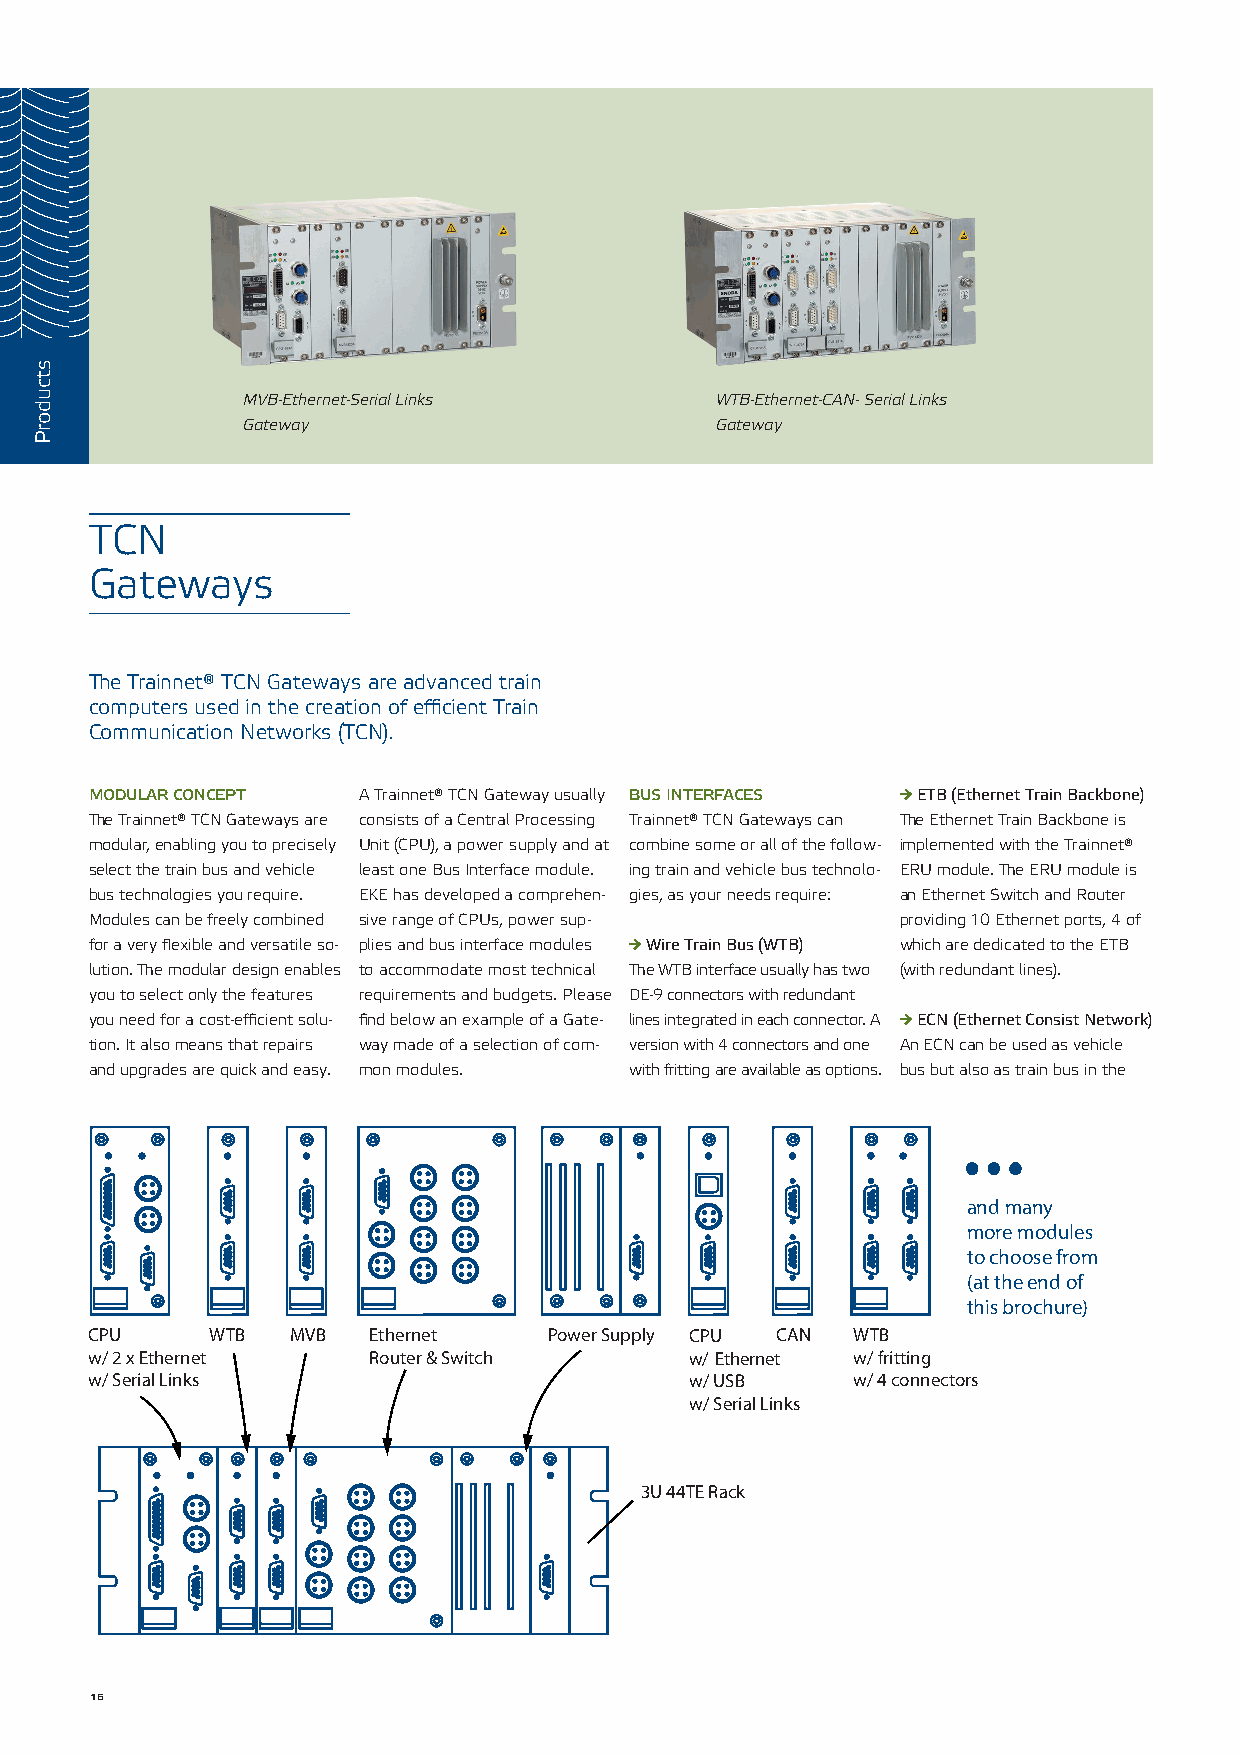
MVB-Ethernet-Serial Links      WTB-Ethernet-CAN- Serial Links
 Gateway                        Gateway
 TCN
 Gateways
 The Trainnet® TCN Gateways are advanced train
 computers used in the creation of efficient Train
 Communication Networks (TCN).
 modular concept   A Trainnet® TCN Gateway usually bus interfaces → ETB (Ethernet Train Backbone)
 The Trainnet® TCN Gateways are consists of a Central Processing Trainnet® TCN Gateways can The Ethernet Train Backbone is
 modular, enabling you to precisely Unit (CPU), a power supply and at combine some or all of the follow- implemented with the Trainnet®
 select the train bus and vehicle least one Bus Interface module. ing train and vehicle bus technolo- ERU module. The ERU module is
 bus technologies you require. EKE has developed a comprehen- gies, as your needs require: an Ethernet Switch and Router
 Modules can be freely combined sive range of CPUs, power sup- providing 10 Ethernet ports, 4 of
 for a very flexible and versatile so- plies and bus interface modules → Wire Train Bus (WTB) which are dedicated to the ETB
 lution. The modular design enables to accommodate most technical The WTB interface usually has two (with redundant lines).
 you to select only the features requirements and budgets. Please DE-9 connectors with redundant
 you need for a cost-efficient solu- find below an example of a Gate- lines integrated in each connector. A → ECN (Ethernet Consist Network)
 tion. It also means that repairs way made of a selection of com- version with 4 connectors and one An ECN can be used as vehicle
 and upgrades are quick and easy. mon modules. with fritting are available as options. bus but also as train bus in the
 ...
 and many
 more modules
 to choose from
 (at the end of
 this brochure)
 CPU     WTB  MVB  Ethernet    Power Supply CPU CAN WTB
 w/ 2 x Ethernet   Router & Switch       w/ Ethernet w/ fritting
 w/ Serial Links                         w/ USB    w/ 4 connectors
 w/ Serial Links
 3U 44TE Rack
 16
 stcudorP